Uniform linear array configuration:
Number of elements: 24
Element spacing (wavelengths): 0.25
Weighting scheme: uniform
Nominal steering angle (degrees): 45
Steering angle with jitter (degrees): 45.633
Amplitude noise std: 0.05
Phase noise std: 0.05

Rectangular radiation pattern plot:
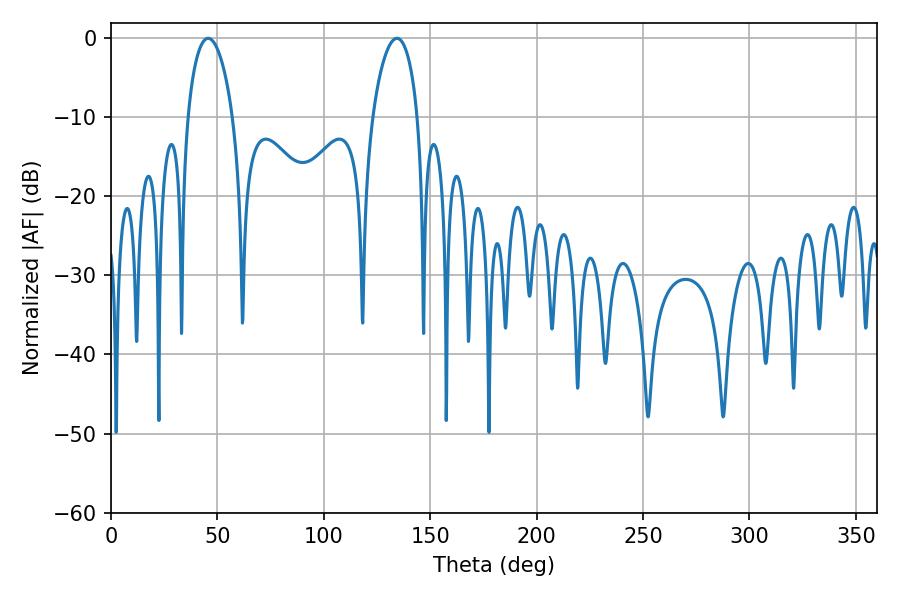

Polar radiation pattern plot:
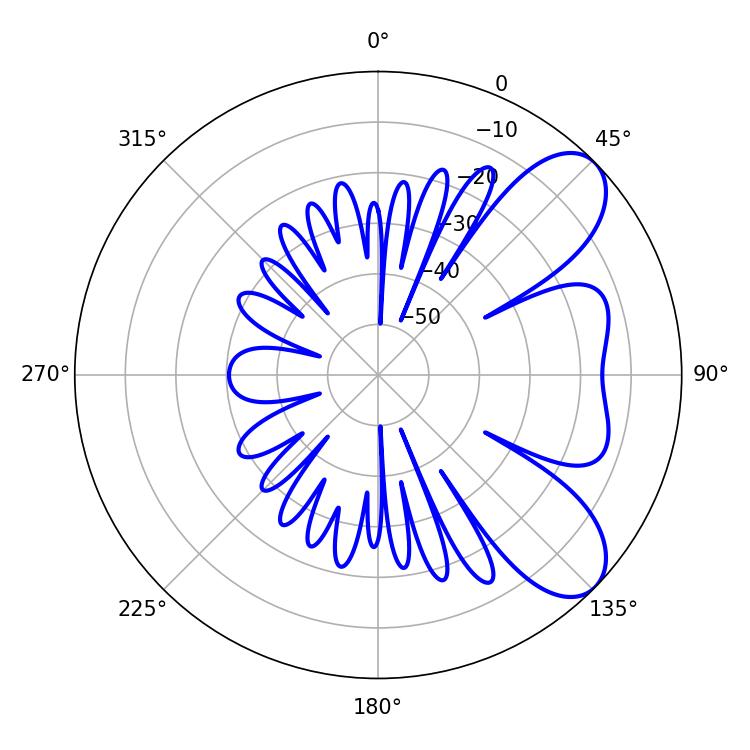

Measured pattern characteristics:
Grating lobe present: FALSE
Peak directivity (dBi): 7.542
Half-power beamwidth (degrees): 12.06
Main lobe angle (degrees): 134.28